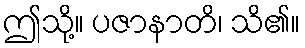
ဤသို့။ ပဇာနာတိ၊ သိ၏။